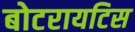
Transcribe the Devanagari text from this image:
बोटरायटिस